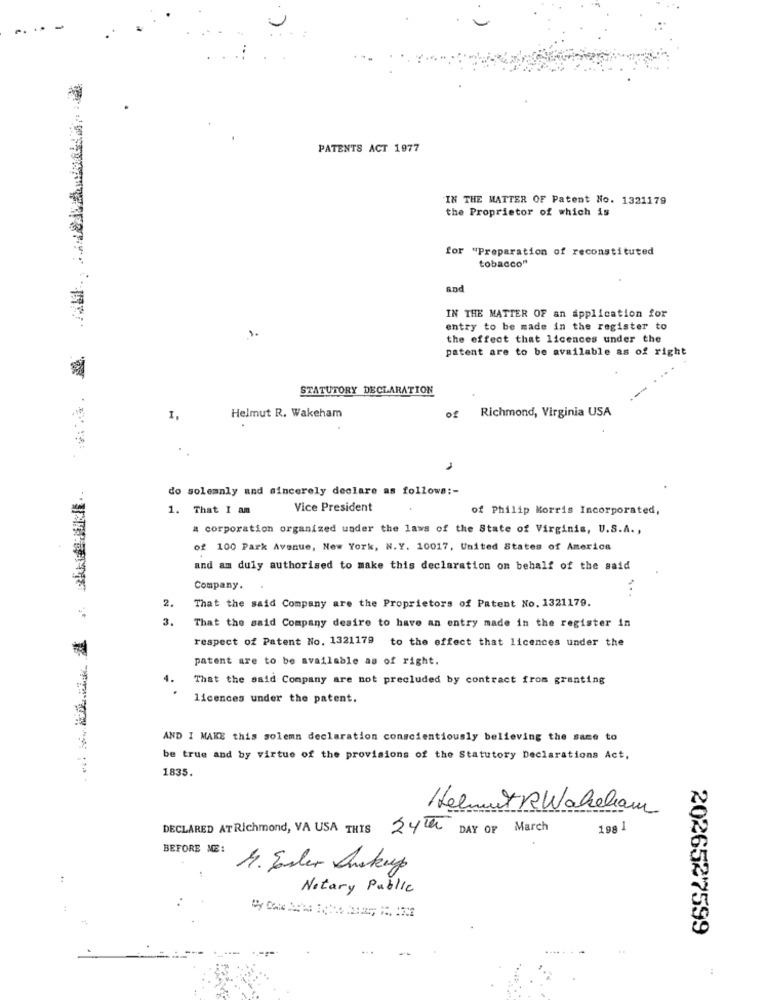
PATENTS ACT 1977
IN THE MATTER OF Patent No. 1321179
the Proprietor of which is
for "Preparation of reconstituted
tobacco"
and
IN THE MATTER OF an application for
entry to be made in the register to
the effect that licences under the
patent are to be available as of right
STATUTORY DECLARATION
of Richmond, Virginia USA
Helmut R. Wakeham
do solemnly and sincerely declare as follows :-
1. That I am
Vice President
of Philip Morris Incorporated,
a corporation organized under the laws of the State of Virginia, U.S.A .,
of 100 Park Avenue, New York, N.Y. 10017, United States of America
and am duly authorised to make this declaration on behalf of the said
Company.
...
2.
That the said Company are the Proprietors of Patent No. 1321179.
3.
That the said Company desire to have an entry made in the register in
respect of Patent No. 1321179 to the effect that licences under the
patent are to be available as of right.
That the said Company are not precluded by contract from granting
licences under the patent.
AND I MAKE this solemn declaration conscientiously believing the same to
be true and by virtue of the provisions of the Statutory Declarations Act,
1835.
Helmut RWaheham
DECLARED AT Richmond, VA USA THIS
24th DAY OF March
198 1
BEFORE ME:
M. Serler Auskay
:
Notary Public
2026527599
: